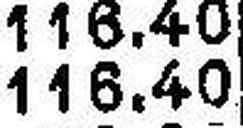
116.40